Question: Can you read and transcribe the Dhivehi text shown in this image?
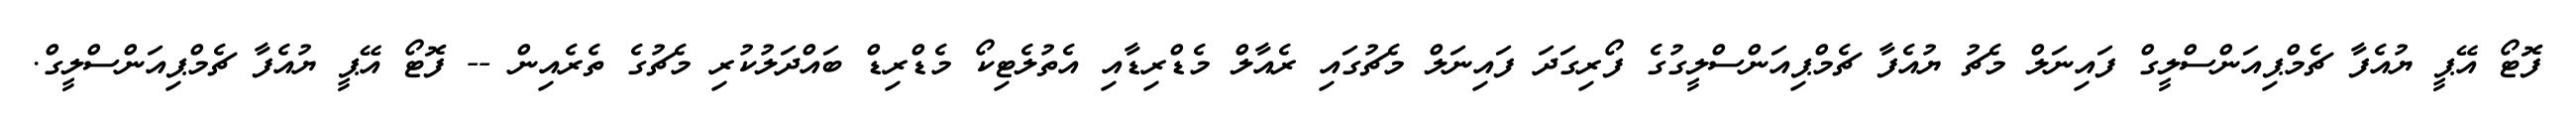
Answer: ފޮޓޯ އޭޕީ ޔުއެފާ ޗެމްޕިއަންސްލީގް ފައިނަލް މެޗު ޔުއެފާ ޗެމްޕިއަންސްލީގުގެ ފޯރިގަދަ ފައިނަލް މެޗުގައި ރެއާލް މެޑްރިޑާއި އެތުލެޓިކޯ މެޑްރިޑް ބައްދަލުކުރި މެޗުގެ ތެރެއިން -- ފޮޓޯ އޭޕީ ޔުއެފާ ޗެމްޕިއަންސްލީގް.